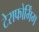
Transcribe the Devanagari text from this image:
टेराफोर्मिंग